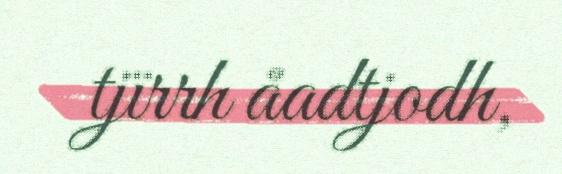
tjïrrh åadtjodh,